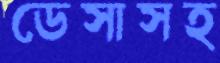
ডেসাসহ